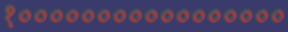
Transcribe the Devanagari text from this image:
१०००००००००००००००००